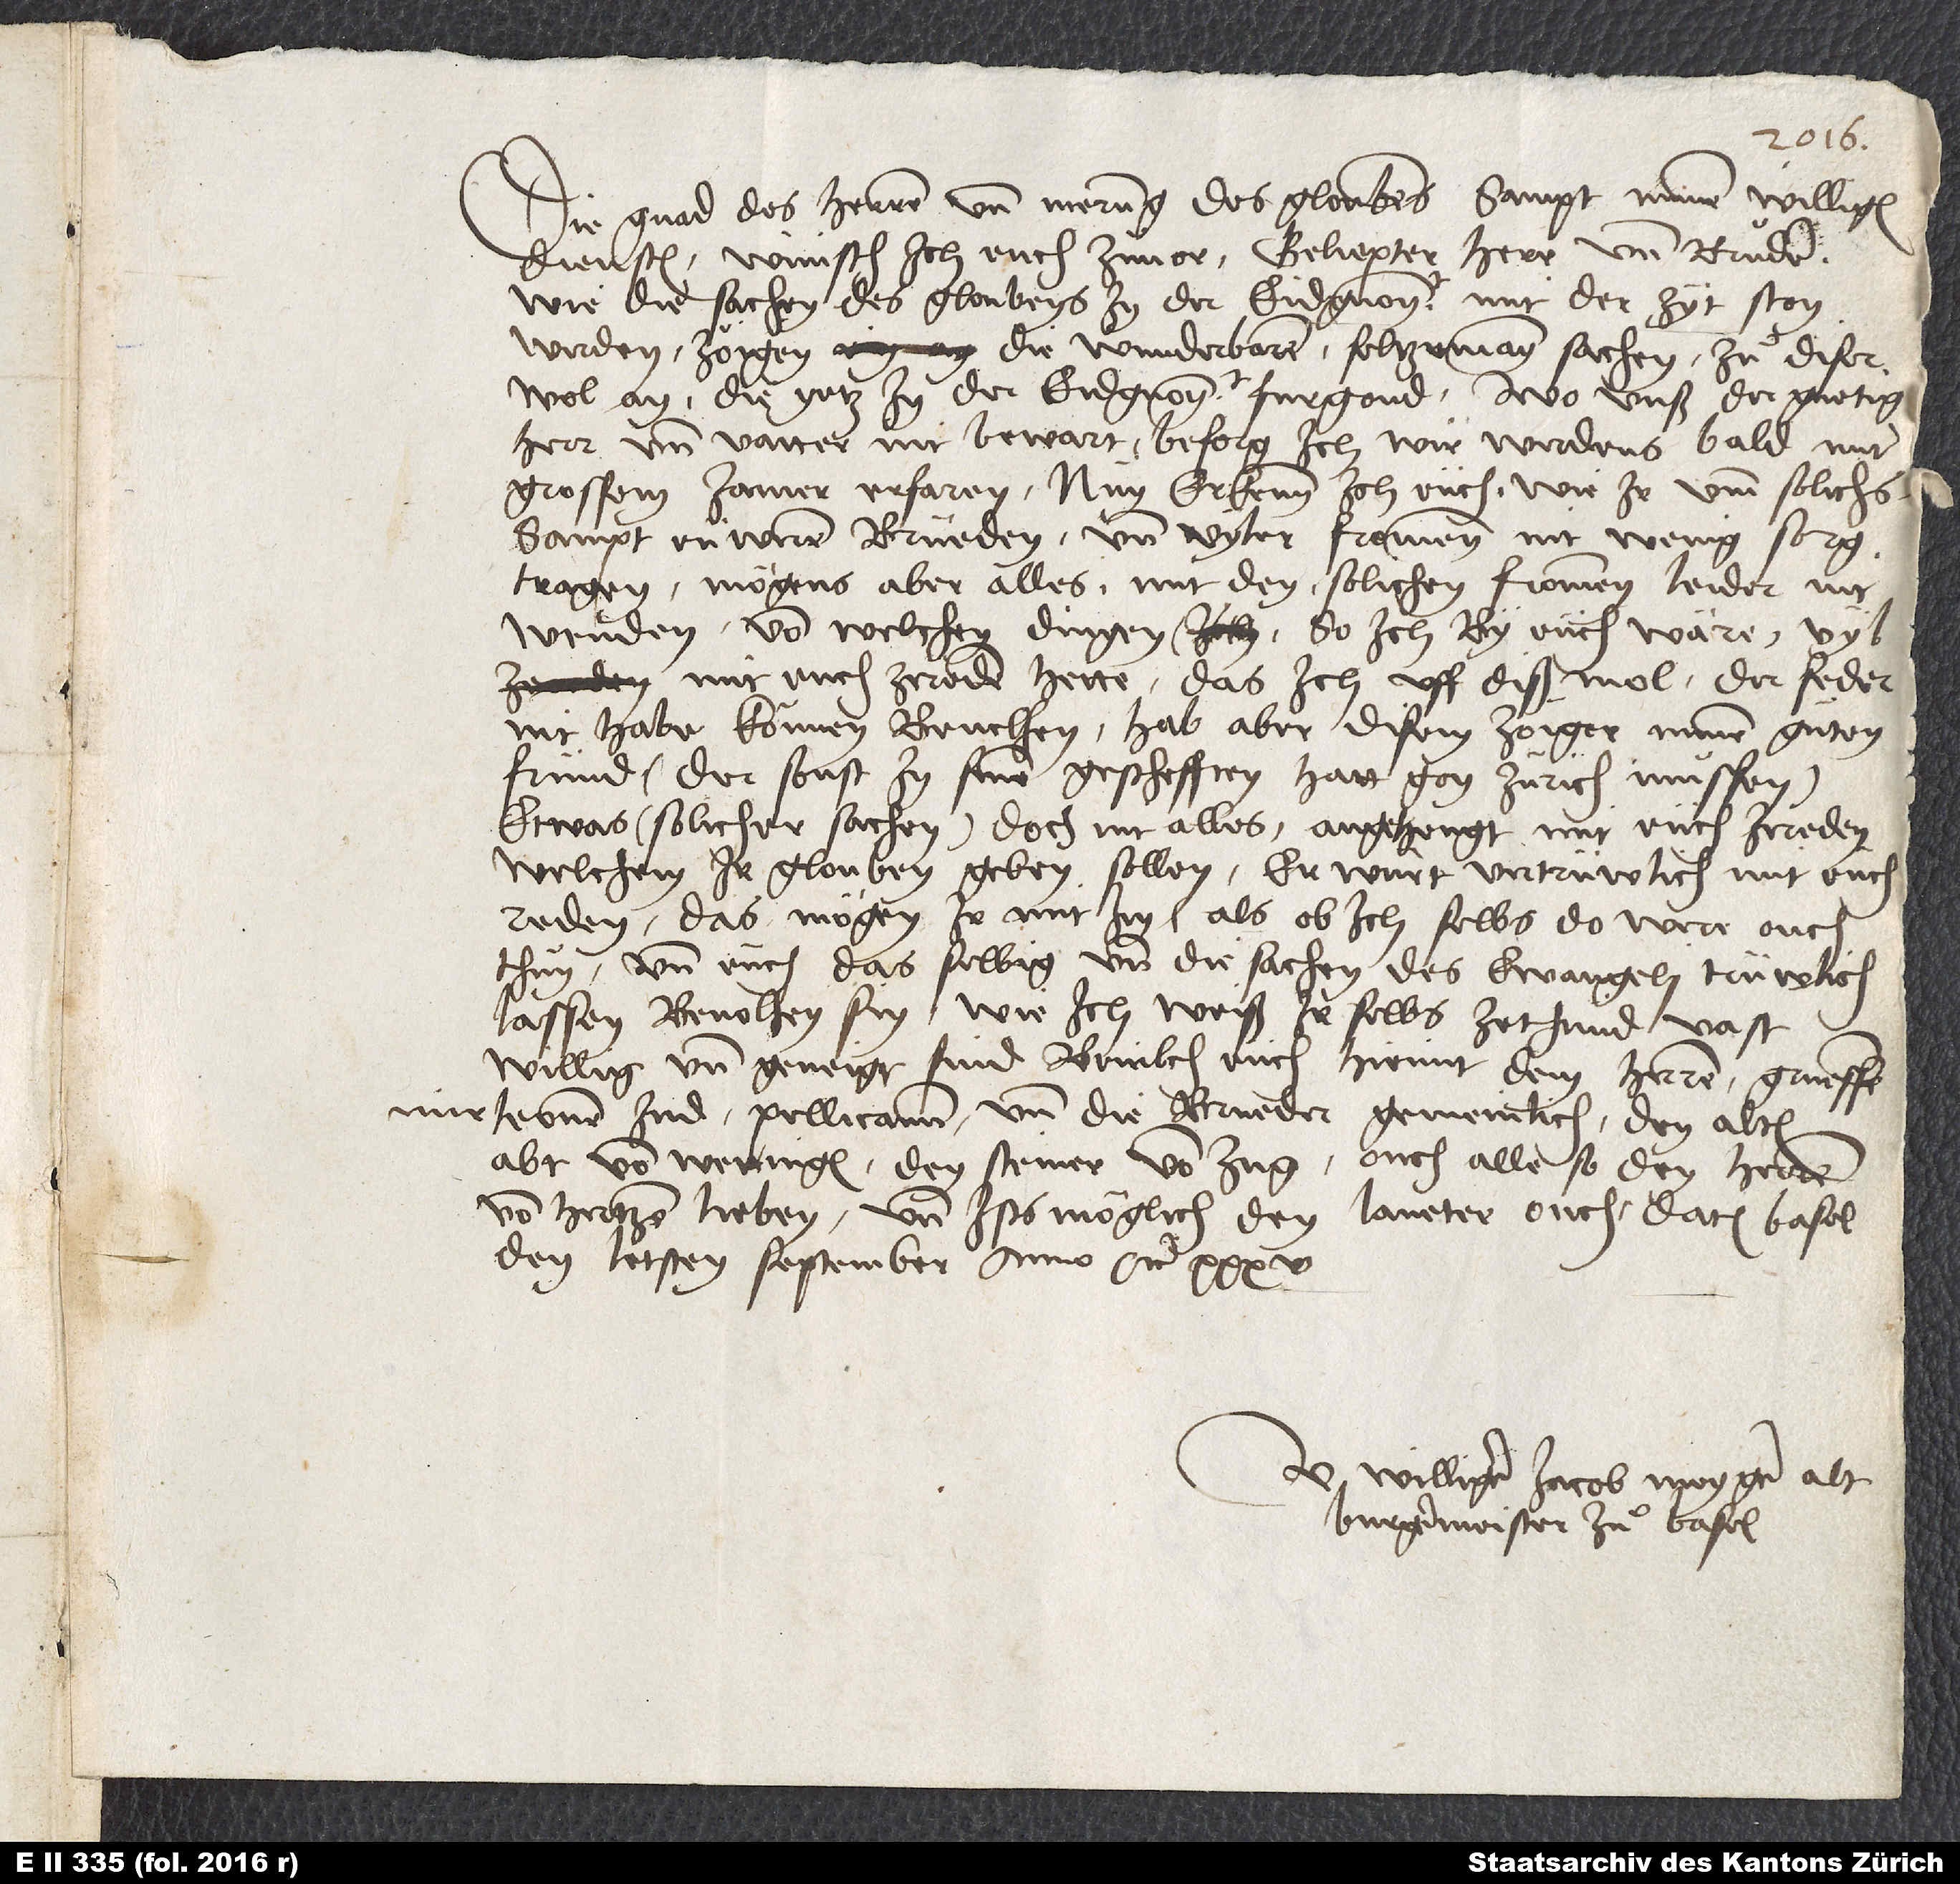
Die gnad des herren und merung des gloubens sampt minen willigen
diensten wünsch ich euch zuͦvor, geliepter herr und bruͦder.
Wie die sachen des gloubens in der Eidgnoschaft mit der zyt ston
werden, zöigen die wunderbaren, seltzamen sachen zuͦ diser
wol an, die yetz in der Eidgnoschaft furgond. Wo unß der guetig
herr und vatter nit bewart, besorg ich, wir werdens bald mit
grossem jamer erfaren. Nun erkenn ich euch, wie ir umm solichs
sampt euweren brüedern und viler frommen nit wenig sorg
tragen, mögens aber alles mit den solichen frommen leider nit
wenden. Von welchen dingen, so ich by euch wäre, vil
mit euch ze reden hette, das ich uff diß mol der feder
nit habe können bevelhen; hab aber disem zöiger, minem guͦten
fründ (der sonst in sinen geschefften hatt gon Zürich müssen)
etwas (solicher sachen), doch nit alles, angehengt, mit euch zereden,
welchem ir glouben geben sollen. Er würt vertrüwlich mit euch
reden. Das mögen ir mit im (als ob ich selbs do were) ouch
thuͦn und euch das selbig und die sachen des ewangeli trüwlich
lassen bevolhen sin, wie ich weiß, ir selbs zethuͦnd vast
willig und geneigt sind. Bevilch euch hiemit dem herren. Gruessen
mir Leonem Jud, Pellicanum und die brueder gemeinlich, den alten
abt von Wettingen, den Steiner von Zug, ouch alle, so den herren
von hertzen lieben, und, ists möglich, den Laveter ouch. Datum Basel,
den letsten september anno etc.
alt
U williger Jacob Meyger,
burgermeister zu Basel.